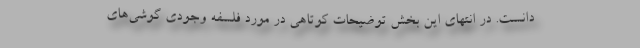
دانست. در انتهای این بخش توضیحات کوتاهی در مورد فلسفه وجودی گوشی‌های